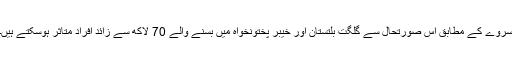
سروے کے مطابق اس صورتحال سے گلگت بلتستان اور خیبر پختونخواہ میں بسنے والے 70 لاکھ سے زائد افراد متاثر ہوسکتے ہیں۔